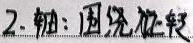
2. 轴：围绕该轴

这段内容不涉及特殊的公式环境，无需进行格式调整，按原样输出。